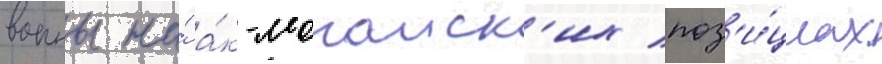
воины на́ а́к-монаиск'их поз'и́циах